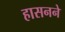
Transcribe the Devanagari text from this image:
हासनने